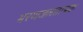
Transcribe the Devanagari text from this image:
भरणजलतापक